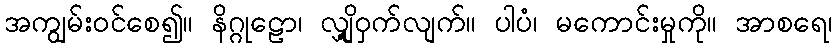
အကျွမ်းဝင်စေ၍။ နိဂ္ဂုဠော၊ လျှို့ဝှက်လျက်။ ပါပံ၊ မကောင်းမှုကို။ အာစရေ၊